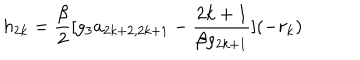
LaTeX: h _ { 2 k } = \frac { \beta } { 2 } [ g _ { 3 } a _ { 2 k + 2 , 2 k + 1 } - \frac { 2 k + 1 } { \beta \rho _ { 2 k + 1 } } ] ( - r _ { k } )